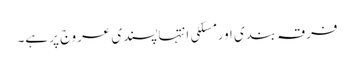
فرقہ بندی اور مسلکی انتہاپسندی عروج پر ہے۔